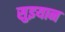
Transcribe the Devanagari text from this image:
सुइयान